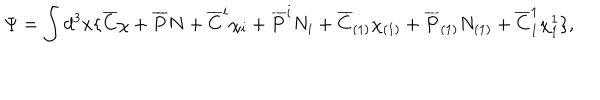
\Psi = \int d ^ { 3 } x \{ \overline { { { C } } } \chi + \overline { { { P } } } N + \overline { { { C } } } ^ { i } \chi _ { i } + \overline { { { P } } } ^ { i } N _ { i } + \overline { { { C } } } _ { ( 1 ) } \chi _ { ( 1 ) } + \overline { { { P } } } _ { ( 1 ) } N _ { ( 1 ) } + \overline { { { C } } } _ { 1 } ^ { 1 } \chi _ { 1 } ^ { 1 } \} ,